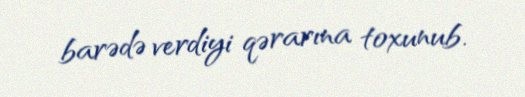
barədə verdiyi qərarına toxunub.